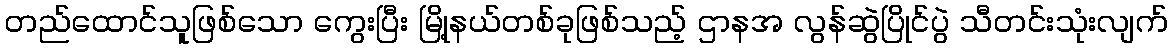
တည်ထောင်သူဖြစ်သော ကွေးပြီး မြို့နယ်တစ်ခုဖြစ်သည့် ဌာနအ လွန်ဆွဲပြိုင်ပွဲ သီတင်းသုံးလျက်